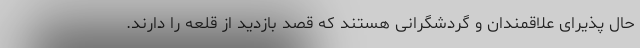
حال پذیرای علاقمندان و گردشگرانی هستند که قصد بازدید از قلعه را دارند.